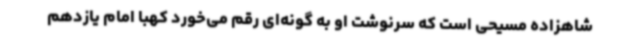
شاهزاده مسیحی است که سرنوشت او به گونه‌ای رقم می‌خورد کهبا امام یازدهم